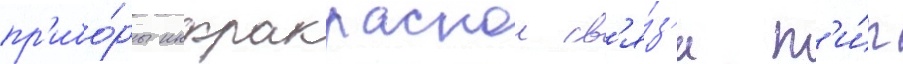
пр'ибо́ры инфракраснои св'я́з'и т'и́п